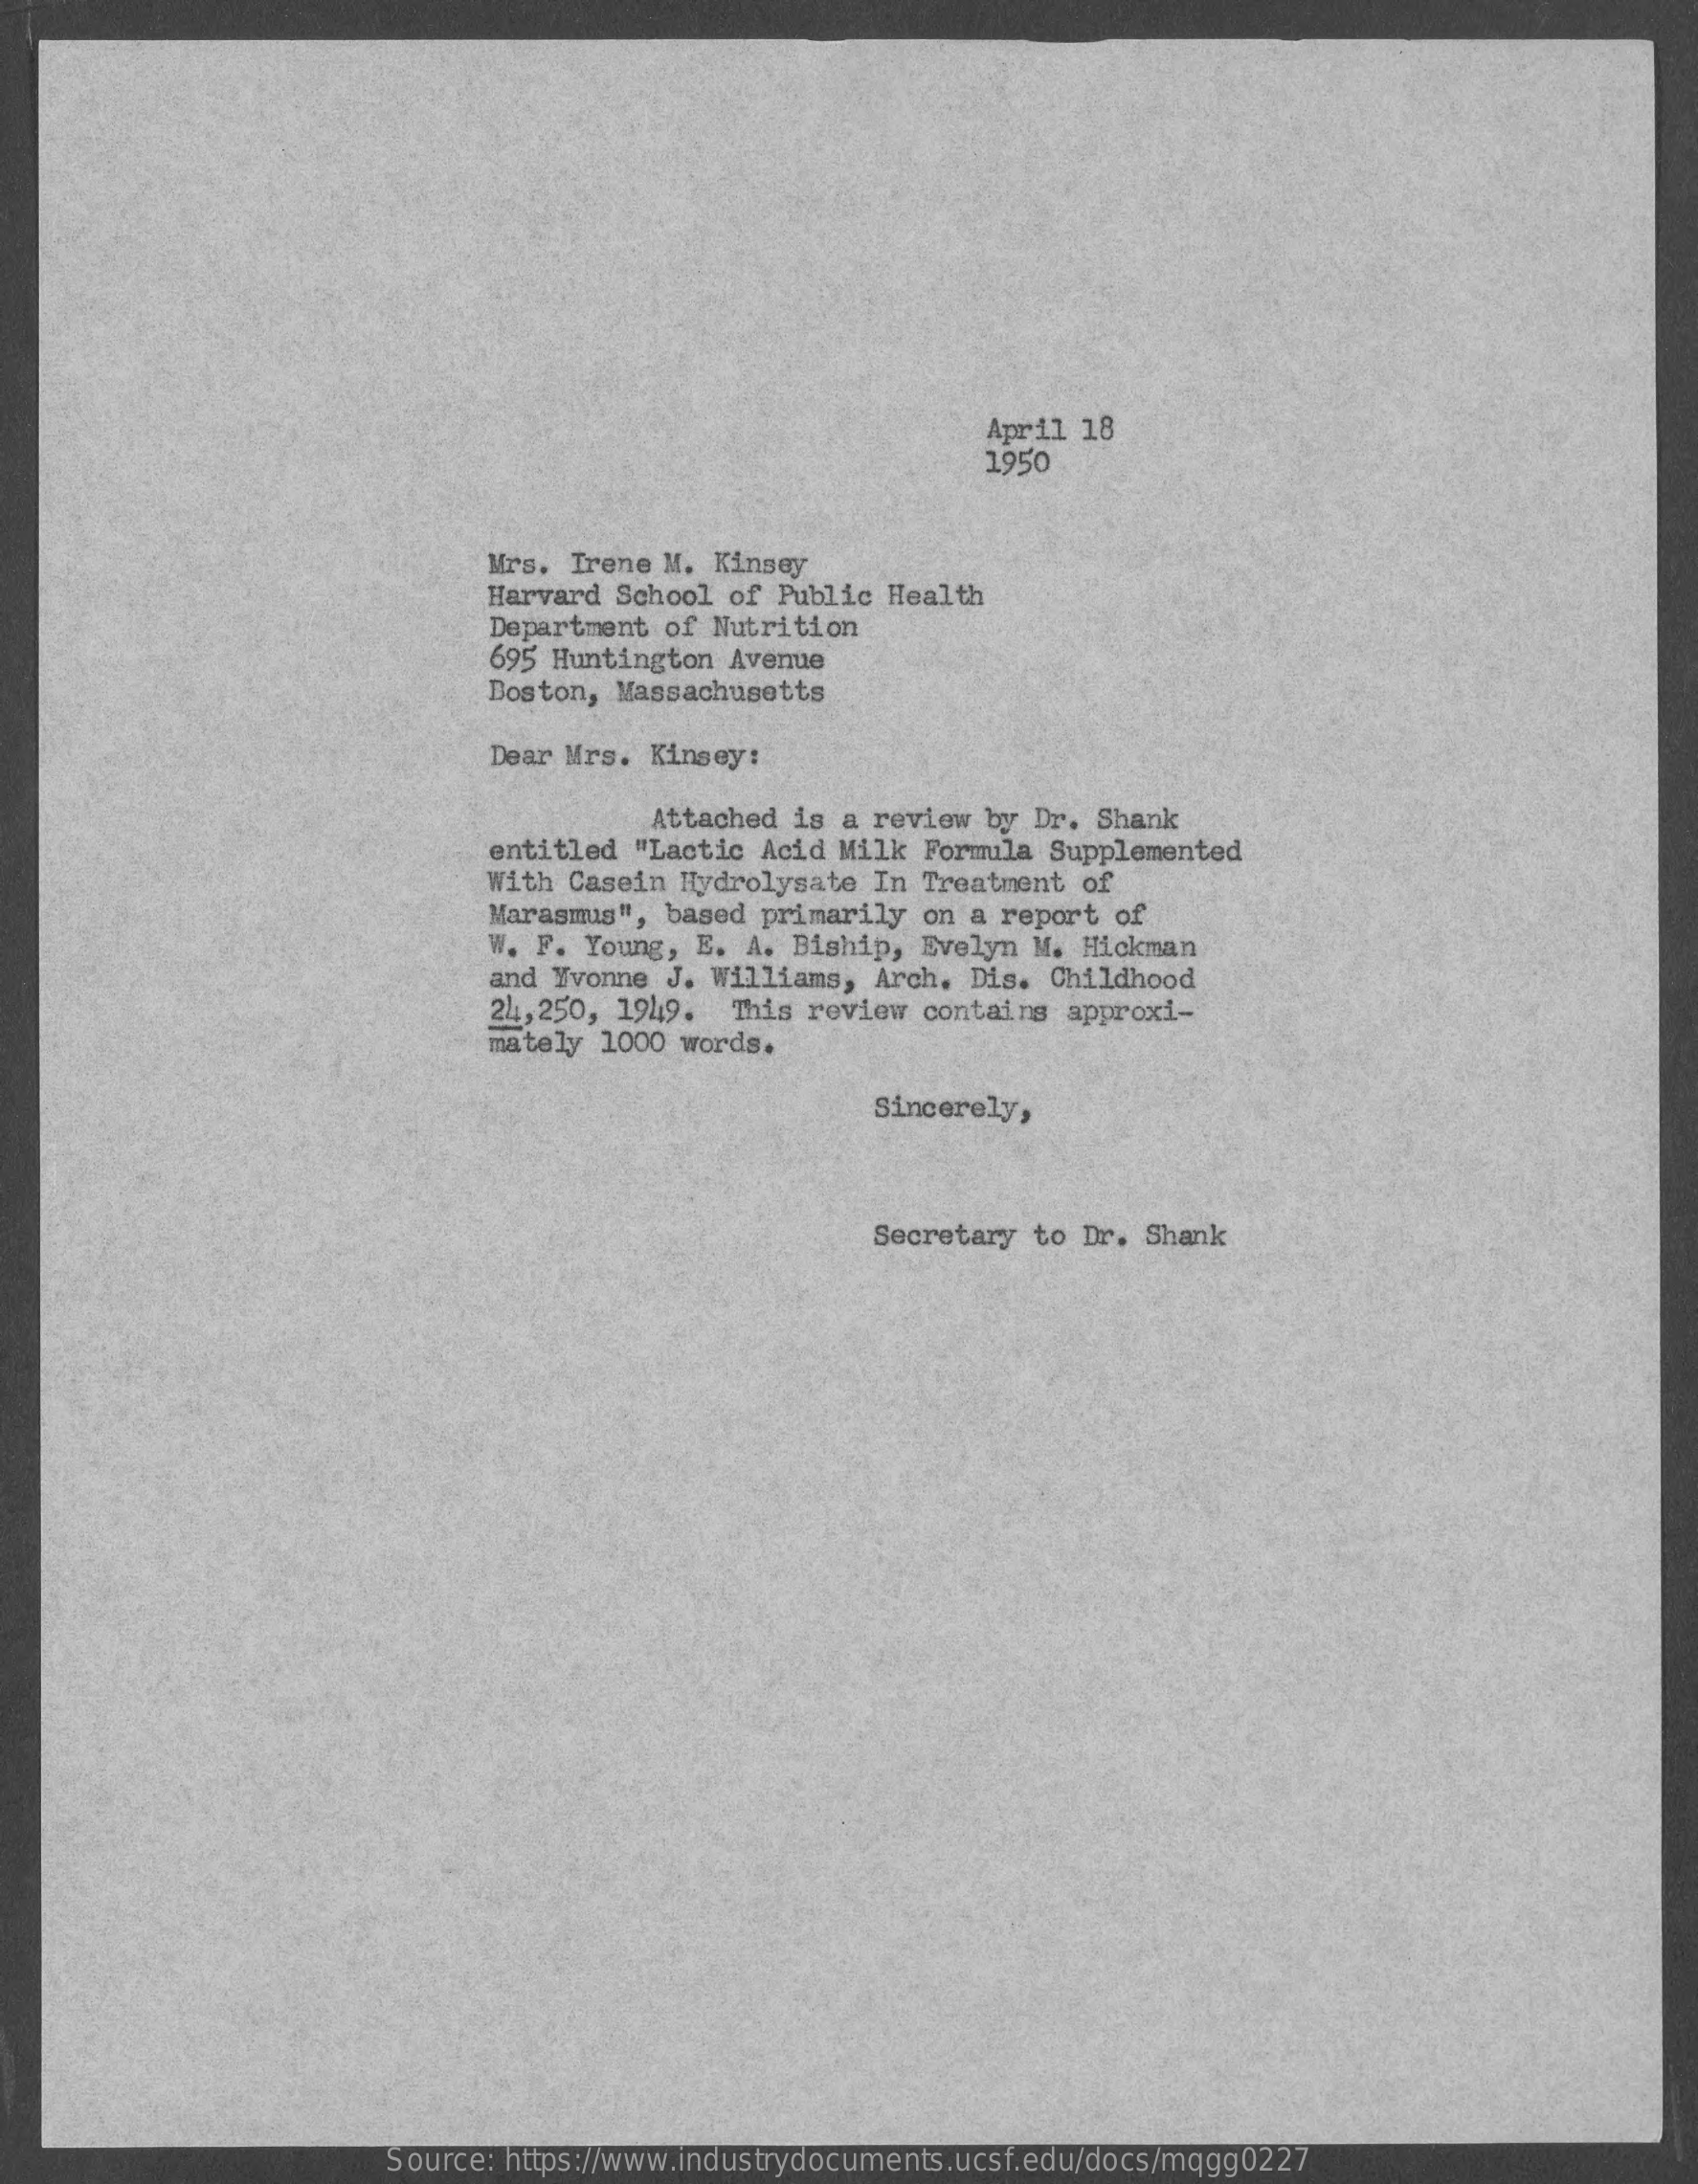
April 18
     1950
     Mrs.  Irene M. Kinsey
     Harvard School of  Public Health
     Department of  Nutrition
     695 Huntington Avenue
     Boston, Massachusetts
     Dear Mrs. Kinsey:
     Attached is a review by Dr. Shank
     entitled "Lactic Acid Milk Formula Supplemented
     With Casein Hydrolysate  In Treatment of
     Marasmus",  based primarily on a report of
     W. F. Young, E.  A. Biship, Evelyn M. Hickman
     and Yvonne  J. Williams, Arch. Dis. Childhood
     24,250, 1949.  This review contains approxi-
     mately  1000 words.
     Sincerely,
     Secretary to Dr. Shank
     Source: https://www.industrydocuments.ucsf.edu/docs/mqgg0227